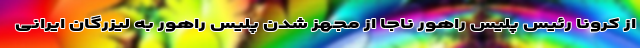
از کرونا رئیس پلیس راهور ناجا از مجهز شدن پلیس راهور به لیزرگان ایرانی